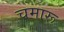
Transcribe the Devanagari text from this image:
चमारू